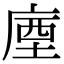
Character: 𢉬